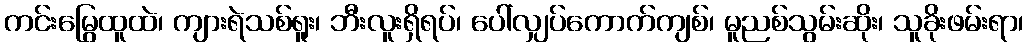
ကင်းမြွေထူထဲ၊ ကျားရဲသစ်ရူး၊ ဘီးလူးရှိရပ်၊ ပေါ်လျှပ်ကောက်ကျစ်၊ မူညစ်သွမ်းဆိုး၊ သူခိုးဖမ်းရာ၊